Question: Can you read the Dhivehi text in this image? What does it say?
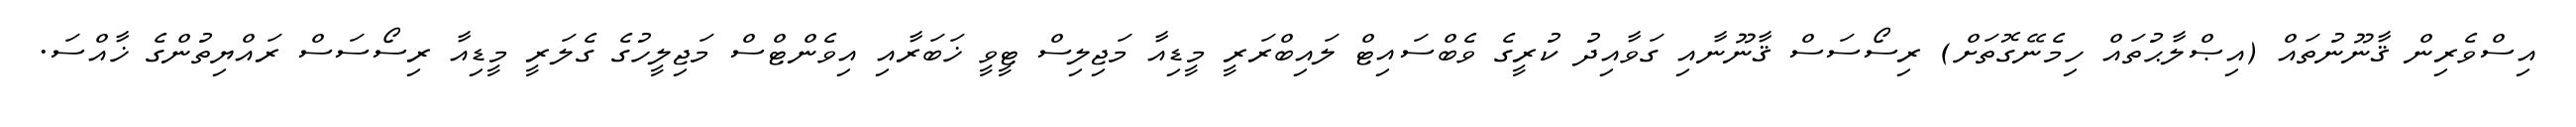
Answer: އިސްވެރިން ޤާނޫނުތައް (އިޞްލާޙުތައް ހިމެނޭގޮތަށް) ރިސޯސަސް ޤާނޫނާއި ގަވާއިދު ކުރީގެ ވެބްސައިޓް ލައިބްރަރީ މީޑިއާ މަޖިލިސް ޓީވީ ޚަބަރާއި އިވެންޓްސް މަޖިލީހުގެ ގެލަރީ މީޑިއާ ރިސޯސަސް ރައްޔިތުންގެ ޚާއްސަ.